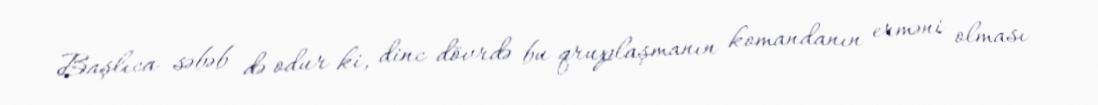
Başlıca səbəb də odur ki, dinc dövrdə bu qruplaşmanın komandanın erməni olması